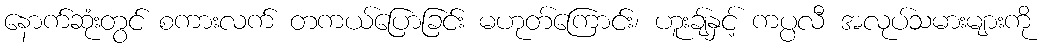
နောက်ဆုံးတွင် စကားလက် တကယ်ပြောခြင်း မဟုတ်ကြောင်း၊ ဟူးချ်နှင့် ကပ္ပလီ အလုပ်သမားများကို